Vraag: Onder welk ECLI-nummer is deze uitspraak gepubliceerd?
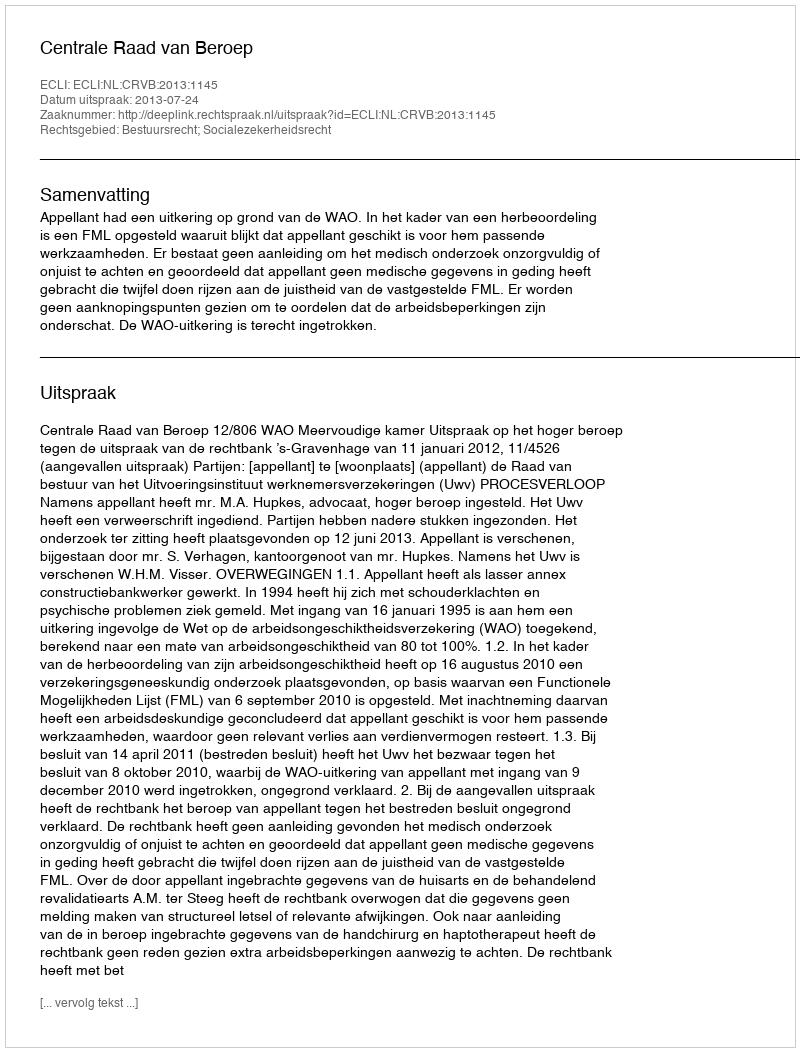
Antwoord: ECLI:NL:CRVB:2013:1145